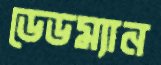
ডেডম্যান